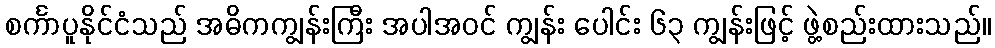
စင်္ကာပူနိုင်ငံသည် အဓိကကျွန်းကြီး အပါအဝင် ကျွန်း ပေါင်း ၆၃ ကျွန်းဖြင့် ဖွဲ့စည်းထားသည်။